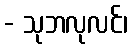
- သုဘလုလင်၊